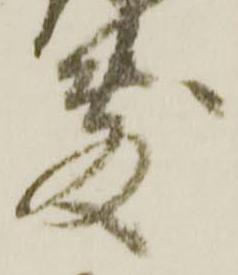
敷